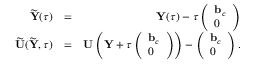
\begin{array} { r l r } { \widetilde { { \mathbf Y } } ( \tau ) } & { = } & { { \mathbf Y } ( \tau ) - \tau \left( \begin{array} { l } { { \mathbf b } _ { c } } \\ { 0 } \end{array} \right) } \\ { \widetilde { { \mathbf U } } ( \widetilde { { \mathbf Y } } , \tau ) } & { = } & { { \mathbf U } \left( { \mathbf Y } + \tau \left( \begin{array} { l } { { \mathbf b } _ { c } } \\ { 0 } \end{array} \right) \right) - \left( \begin{array} { l } { { \mathbf b } _ { c } } \\ { 0 } \end{array} \right) . } \end{array}